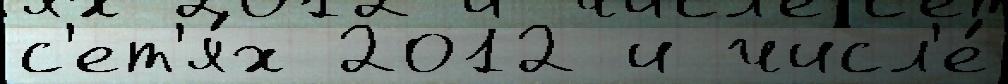
с'ет'я́х 2012 и числ'е́